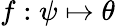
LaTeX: f:\psi\mapsto\theta